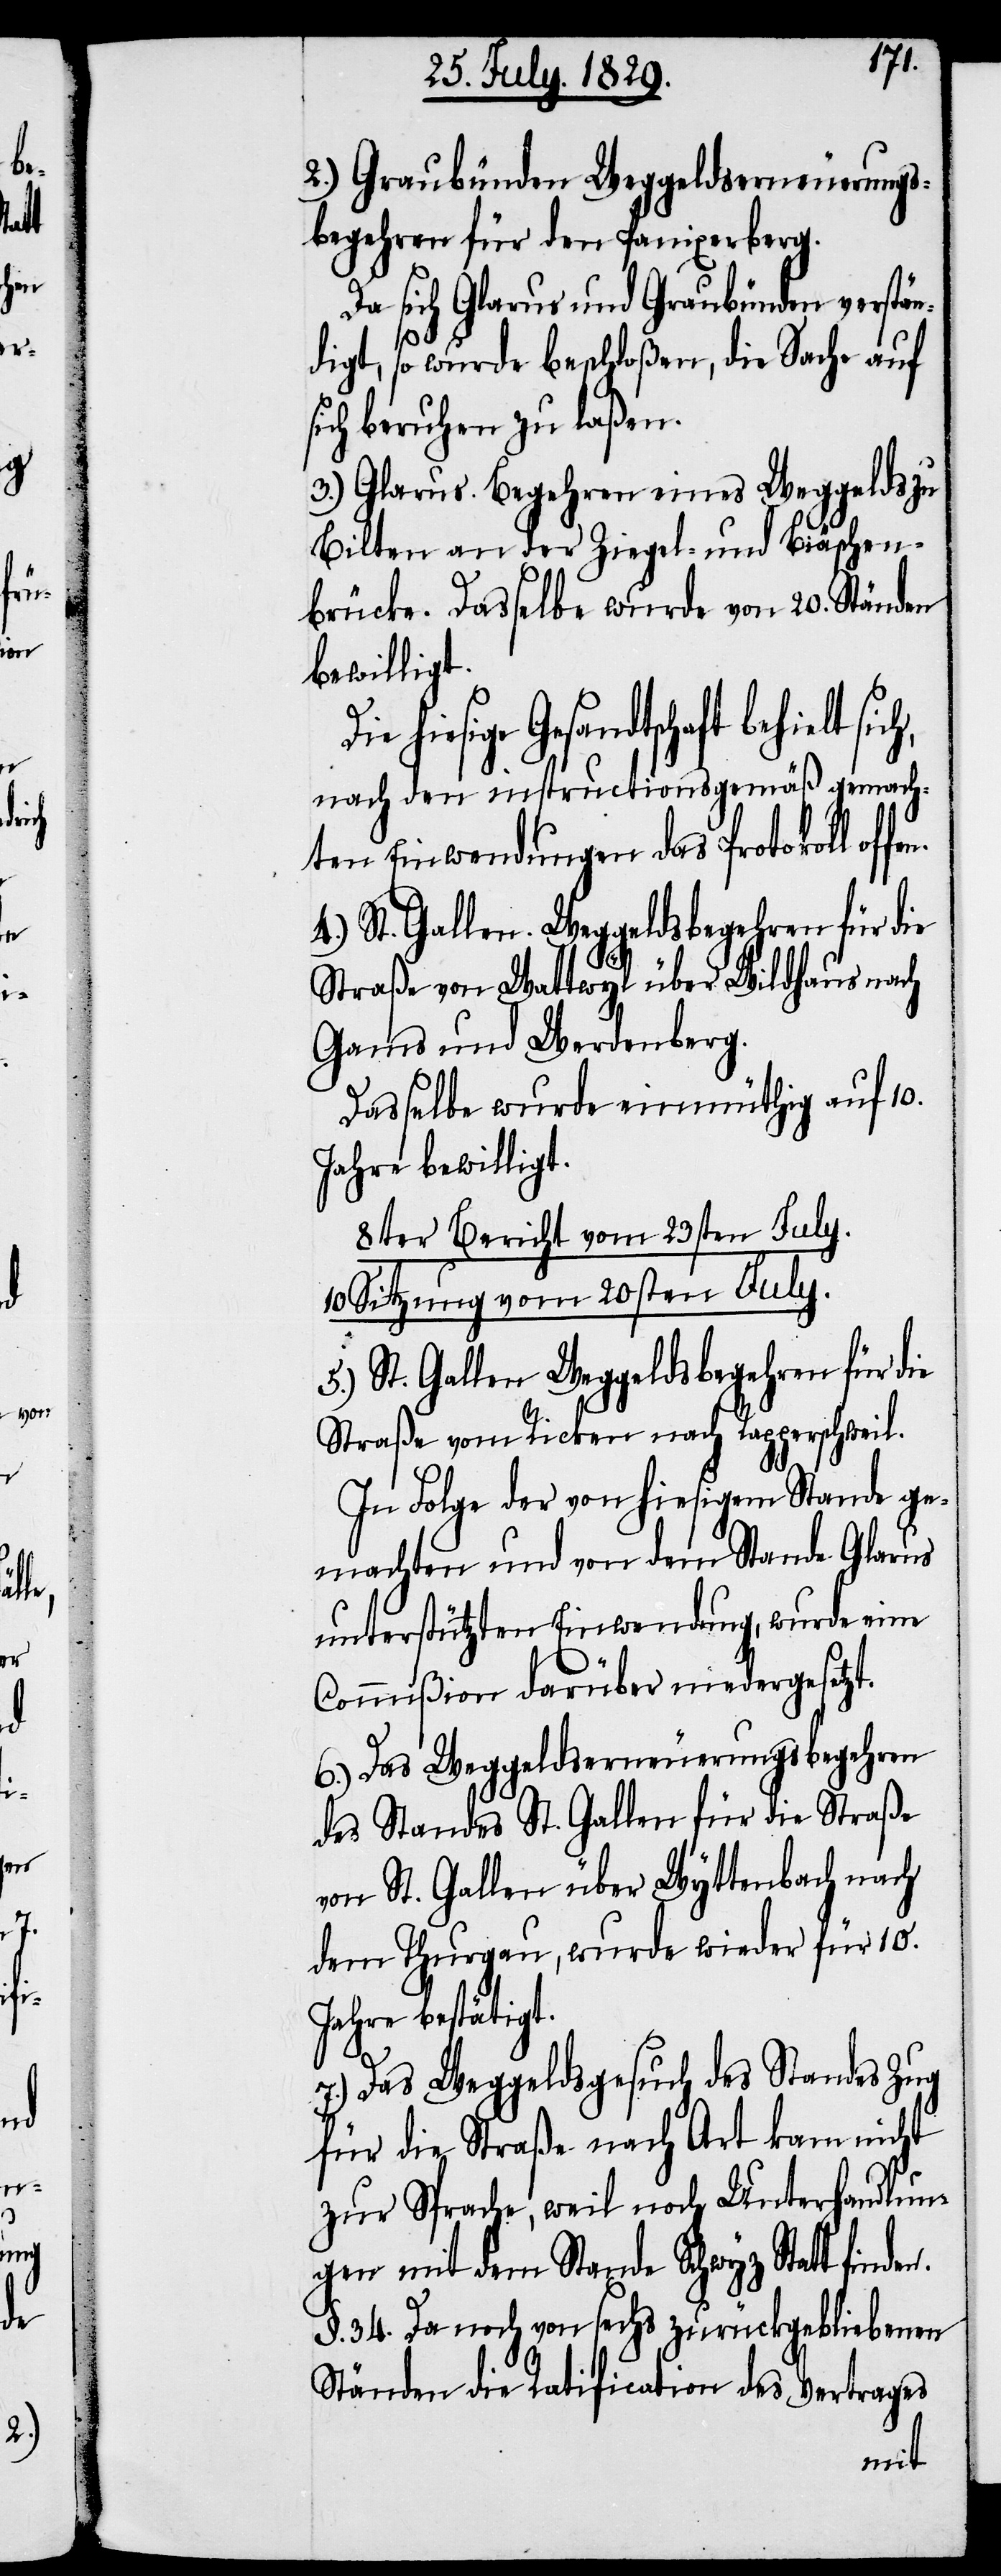
den.

2.) Graubünden Weggeldserneuerungs¬
begehren für den Panixerberg.
Da sich Glarus und Graubünden verstän¬
digt, so wurde beschloßen, die Sache auf
sich beruhen zu laßen.
3.) Glarus. Begehren eines Weggelds zu
Bilten an der Ziegel- und Biäschen¬
brücke. Dasselbe wurde von 20. Ständen
bewilligt.
hiesige Gesandtschaft behielt
nach den instructionsgemäß gemach¬
ten Einwendungen das Protokoll of¬
Straße von Wattwyl über Wildhaus nach
Gams und Werdenberg.
Dasselbe wurde einmüthig auf 10.
Jahre bewilligt.
8ter Bericht vom 23sten July.
10. Sitzung vom 20sten July.
5.) St. Gallen. Weggeldsbegehren für die
Straße vom Ricken nach Rapperschweil.
In Folge der von hiesigem Stande ge¬
machten und von dem Stande Glarus
unterstützten Einwendungen, wurde eine
Commißion darüber niedergesetzt.
6.) Das Weggeldserneuerungsbegehren
des Standes St. Gallen für die Straße
von St. Gallen über Wyttenbach nach
dem Thurgau, wurde wieder für 10.
Jahre bestätigt.
7.) Das Weggeldsgesuch des Standes Zug
für die Straße nach Art kam nicht
zur Sprache, weil noch Unterhandlun¬
gen mit dem Stande Schwyz Statt fin¬
§. 34. Da noch von sechs zurückgebliebenen
Ständen die Ratification des Vertrages